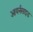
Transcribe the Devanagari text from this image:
आयर्नसाइड